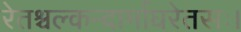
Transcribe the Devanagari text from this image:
रेतश्चल्कन्दार्माघरेतसः।